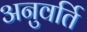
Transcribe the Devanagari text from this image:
अनुवर्ति